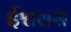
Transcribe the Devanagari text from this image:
ईश्वरास